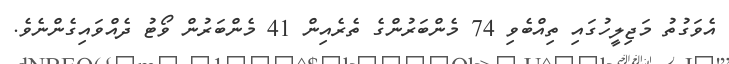
އެވަގުތު މަޖިލީހުގައި ތިއްބެވި 74 މެންބަރުންގެ ތެރެއިން 41 މެންބަރުން ވޯޓު ދެއްވައިގެންނެވެ.